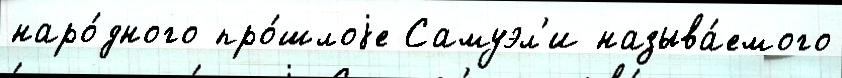
наро́дного про́шлоjе Самуэл'и называ́емого